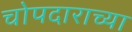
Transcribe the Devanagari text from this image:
चोपदाराच्या